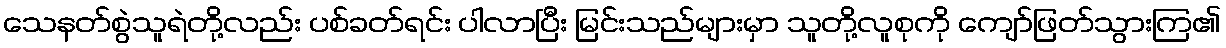
သေနတ်စွဲသူရဲတို့လည်း ပစ်ခတ်ရင်း ပါလာပြီး မြင်းသည်များမှာ သူတို့လူစုကို ကျော်ဖြတ်သွားကြ၏